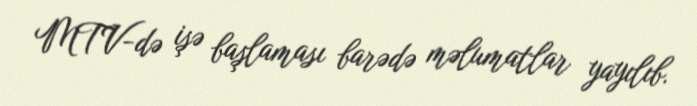
MTV-də işə başlaması barədə məlumatlar yayılıb.